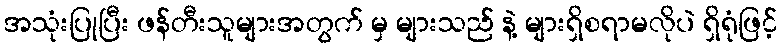
အသုံးပြုပြီး ဖန်တီးသူများအတွက် မှ များသည် နဲ့ များရှိစရာမလိုပဲ ရှိရုံဖြင့်